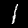
Digit: 1